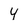
Character: y